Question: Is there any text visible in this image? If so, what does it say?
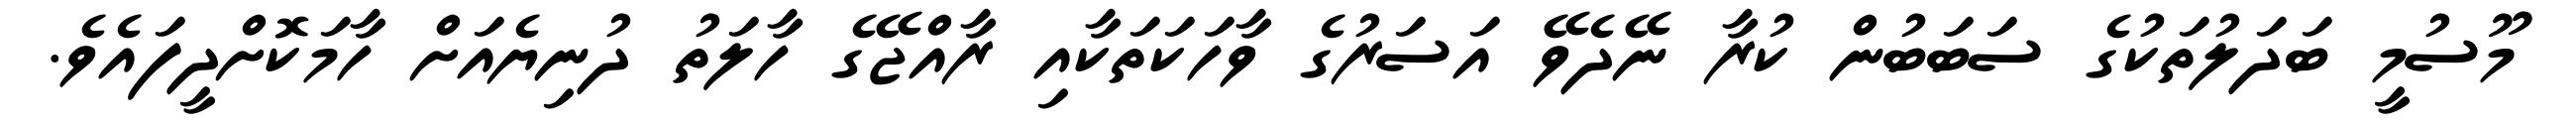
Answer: މޫސުމީ ބަދަލުތަކުގެ ސަބަބުން ކުރާ ނޭދެވޭ އަސަރުގެ ވާހަކަތަކާއި ރާއްޖޭގެ ހާލަތު ދުނިޔެއަށް ހާމަކޮށްދީފައެވެ.